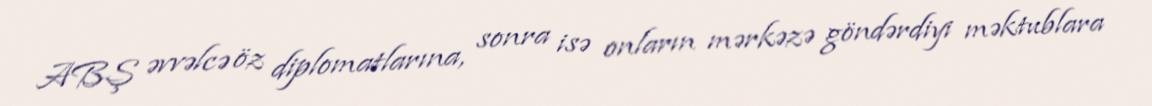
ABŞ əvvəlcə öz diplomatlarına, sonra isə onların mərkəzə göndərdiyi məktublara